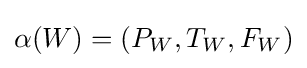
\alpha (W)=(P_{W},T_{W},F_{W})